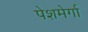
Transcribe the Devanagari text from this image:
पेशमेर्गा